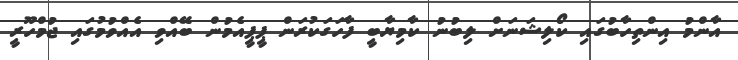
އާންމު އިންތިހާބުގައި ކޯލިޝަނަށް ލިބުނު ކާމިޔާބީ ފާހަގަކުރަން ޕީޕީއެމުން ބޭއްވި އެއްވުމުގައި ޖުމްހޫރީ